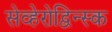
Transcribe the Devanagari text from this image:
सेव्हेरोद्विन्स्क